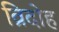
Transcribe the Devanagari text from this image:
व्रिदोह